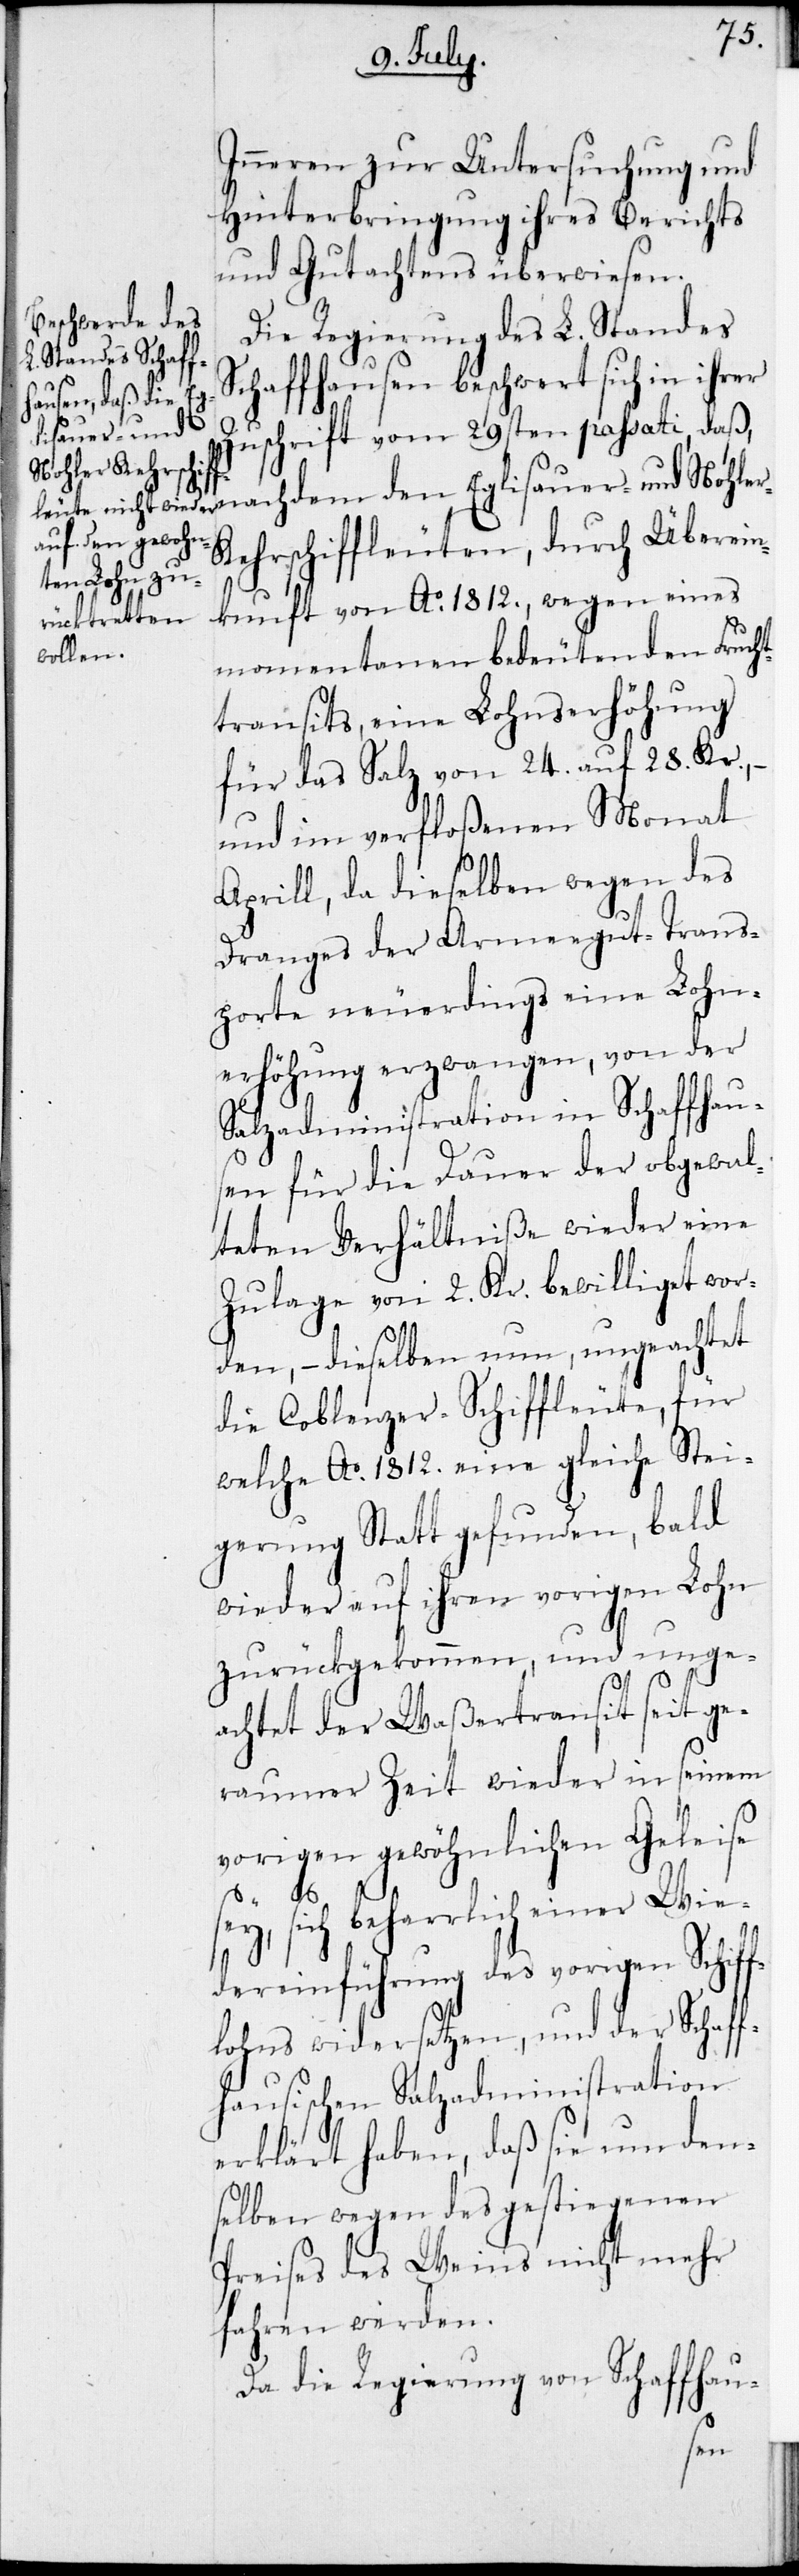
Inneren zur Untersuchung und
Hinterbringung ihres Berichts
und Gutachtens überwiesen.
Die Regierung des L. Standes
Schaffhausen beschwert sich in ihrer
Zuschrift vom 29sten passati, daß
nachdem den Eglisauer- und Nohle¬
r-Kehrschiffleuten, durch Überein¬
kunft von Ao 1812., wegen eines
momentanen bedeutenden Frucht¬
transits, eine Lohnserhöhung
für das Salz von 24. auf 28. Kr.,
und im verfloßenen Monat
Aprill, da dieselben wegen des
Drangs der Armeegut-Trans¬
porte neuerdings eine Lohn¬
erhöhung erzwangen, von der
Salzadministration in Schaffhau¬
sen für die Dauer der obgewal¬
teten Verhältniße wieder eine
Zulage von 2. Kr. bewilliget wor¬
den, – dieselben nun, ungeachtet
die Coblenzer-Schiffleute, für
welche Ao 1812. eine gleiche Stei¬
gerung Statt gefunden, bald
wieder auf ihren vorigen Lohn
zurückgekommen, und unge¬
achtet der Waßertransit seit ge¬
raumer Zeit wieder in seinem
vorigen gewöhnlichen Geleise
sey, sich beharrlich einer Wie¬
dereinführung des vorigen Schiff¬
lohns widersetzen, und der Schaff¬
hausischen Salzadministration
erklärt haben, daß sie um den¬
selben wegen des gestiegenen
Preises des Weins nicht mehr
fahren werden.
Da die Regierung von Schaffhau-